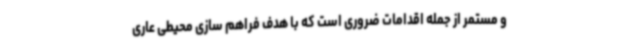
و مستمر از جمله اقدامات ضروری است که با هدف فراهم سازی محیطی عاری